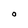
Character: O